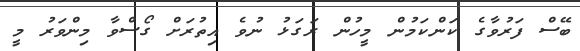
ބޭސް ފަރުވާގެ ކަންކަމުން މީހުން ރަގަޅު ނުވެ އިތުރަށް ގޯސްވާ މިންވަރު މީ